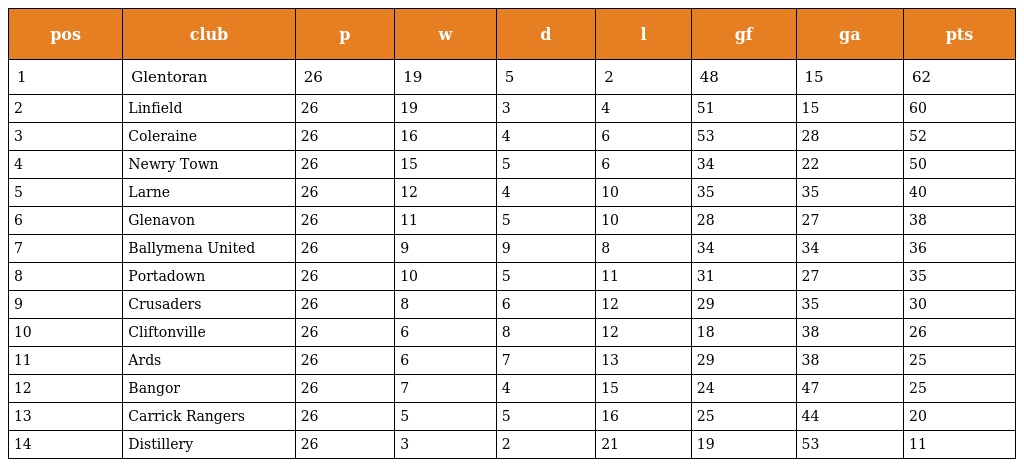
| pos | club | p | w | d | l | gf | ga | pts |
 | --- | --- | --- | --- | --- | --- | --- | --- | --- |
 | 1 | Glentoran | 26 | 19 | 5 | 2 | 48 | 15 | 62 |
 | 2 | Linfield | 26 | 19 | 3 | 4 | 51 | 15 | 60 |
 | 3 | Coleraine | 26 | 16 | 4 | 6 | 53 | 28 | 52 |
 | 4 | Newry Town | 26 | 15 | 5 | 6 | 34 | 22 | 50 |
 | 5 | Larne | 26 | 12 | 4 | 10 | 35 | 35 | 40 |
 | 6 | Glenavon | 26 | 11 | 5 | 10 | 28 | 27 | 38 |
 | 7 | Ballymena United | 26 | 9 | 9 | 8 | 34 | 34 | 36 |
 | 8 | Portadown | 26 | 10 | 5 | 11 | 31 | 27 | 35 |
 | 9 | Crusaders | 26 | 8 | 6 | 12 | 29 | 35 | 30 |
 | 10 | Cliftonville | 26 | 6 | 8 | 12 | 18 | 38 | 26 |
 | 11 | Ards | 26 | 6 | 7 | 13 | 29 | 38 | 25 |
 | 12 | Bangor | 26 | 7 | 4 | 15 | 24 | 47 | 25 |
 | 13 | Carrick Rangers | 26 | 5 | 5 | 16 | 25 | 44 | 20 |
 | 14 | Distillery | 26 | 3 | 2 | 21 | 19 | 53 | 11 |